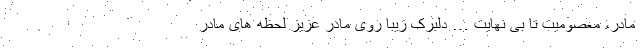
مادر، معصومیت تا بی نهایت … دلبرکِ زیبا روی مادر عزیزِ لحظه های مادر